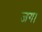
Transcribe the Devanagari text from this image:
जग।